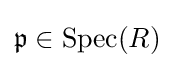
{\mathfrak {p}}\in {\text{Spec}}(R)